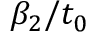
\beta _ { 2 } / t _ { 0 }